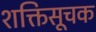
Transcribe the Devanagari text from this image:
शक्तिसूचक